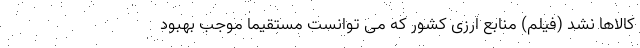
کالاها نشد (فیلم) منابع ارزی کشور که می توانست مستقیما موجب بهبود